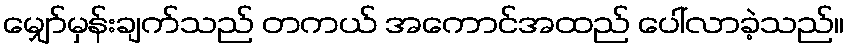
မျှော်မှန်းချက်သည် တကယ် အကောင်အထည် ပေါ်လာခဲ့သည်။